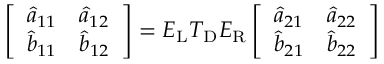
\left[ \begin{array} { l l } { \hat { a } _ { 1 1 } } & { \hat { a } _ { 1 2 } } \\ { \hat { b } _ { 1 1 } } & { \hat { b } _ { 1 2 } } \end{array} \right] = \boldsymbol { E } _ { \mathrm { L } } \boldsymbol { T } _ { \mathrm { D } } \boldsymbol { E } _ { \mathrm { R } } \left[ \begin{array} { l l } { \hat { a } _ { 2 1 } } & { \hat { a } _ { 2 2 } } \\ { \hat { b } _ { 2 1 } } & { \hat { b } _ { 2 2 } } \end{array} \right]